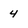
Character: 4